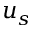
u _ { s }